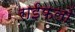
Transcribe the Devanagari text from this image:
राईफ़लों